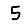
Digit: 5